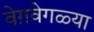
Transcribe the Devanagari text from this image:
वेग़वेगळ्या